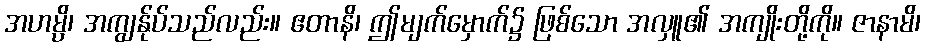
အဟမ္ပိ၊ အကျွန်ုပ်သည်လည်း။ ဧတာနိ၊ ဤမျက်မှောက်၌ ဖြစ်သော အလှူ၏ အကျိုးတို့ကို။ ဇာနာမိ၊